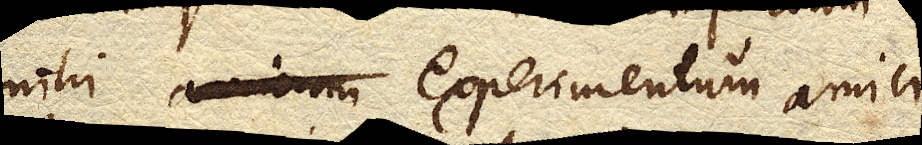
mihi experimentum amici